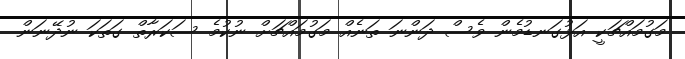
މަގުމައްޗަކީ އަޅުގަނޑުމެން ވެސް ދަންނަ ތަނެއް މަގުމައްޗަށް ނުކުމެ ސަކަރާތް ގަތަކަ ނުދޭނަން